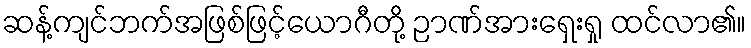
ဆန့်ကျင်ဘက်အဖြစ်ဖြင့်ယောဂီတို့ ဉာဏ်အားရှေးရှု ထင်လာ၏။